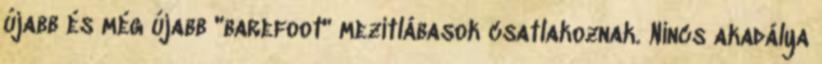
újabb és még újabb "barefoot" mezítlábasok csatlakoznak. Nincs akadálya